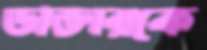
ডাক্তারকে